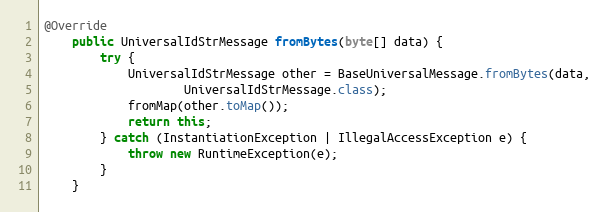
Language: Java
@Override
    public UniversalIdStrMessage fromBytes(byte[] data) {
        try {
            UniversalIdStrMessage other = BaseUniversalMessage.fromBytes(data,
                    UniversalIdStrMessage.class);
            fromMap(other.toMap());
            return this;
        } catch (InstantiationException | IllegalAccessException e) {
            throw new RuntimeException(e);
        }
    }